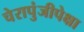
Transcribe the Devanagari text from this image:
चेरापुंजीपेक्षा